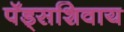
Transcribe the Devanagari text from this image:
पॅड्सशिवाय